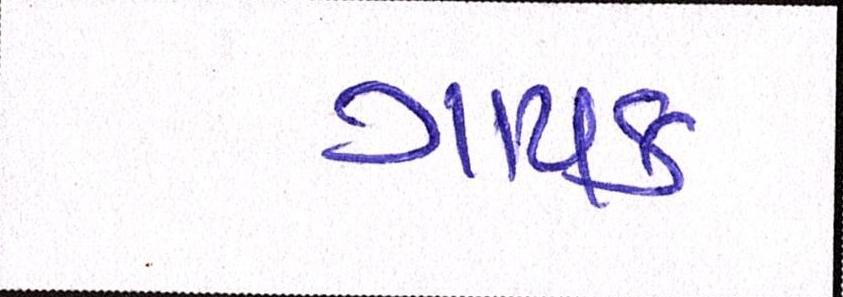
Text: ગાયક